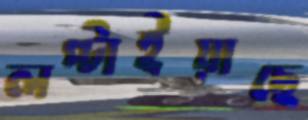
লপ্‌টাইয়াছে